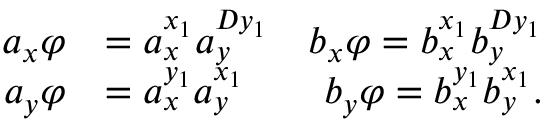
\begin{array} { r l r l } { a _ { x } \varphi } & { = a _ { x } ^ { x _ { 1 } } a _ { y } ^ { D y _ { 1 } } } & { b _ { x } \varphi = b _ { x } ^ { x _ { 1 } } b _ { y } ^ { D y _ { 1 } } } & { } \\ { a _ { y } \varphi } & { = a _ { x } ^ { y _ { 1 } } a _ { y } ^ { x _ { 1 } } } & { b _ { y } \varphi = b _ { x } ^ { y _ { 1 } } b _ { y } ^ { x _ { 1 } } . } & { } \end{array}